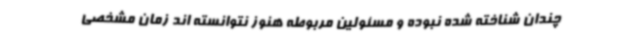
چندان شناخته شده نبوده و مسئولین مربوطه هنوز نتوانسته اند زمان مشخصی